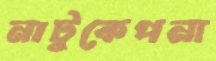
নাটুকেপনা